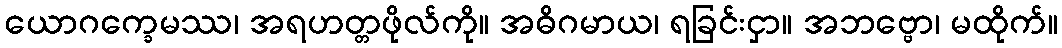
ယောဂက္ခေမဿ၊ အရဟတ္တဖိုလ်ကို။ အဓိဂမာယ၊ ရခြင်းငှာ။ အဘဗ္ဗော၊ မထိုက်။